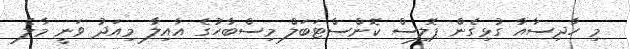
މި ހާދިސާއާ ގުޅިގެން ޕޮލިސް ކޮންސްޓަބަލް މިސްބާހުގެ އާއިލާ މިއަދު ވަނީ މާލެ